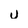
Character: u